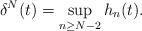
LaTeX: \begin{align*}\delta^N(t)= \sup_{n \ge N - 2} h_n(t).\end{align*}